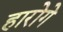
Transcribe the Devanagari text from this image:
हारोगे